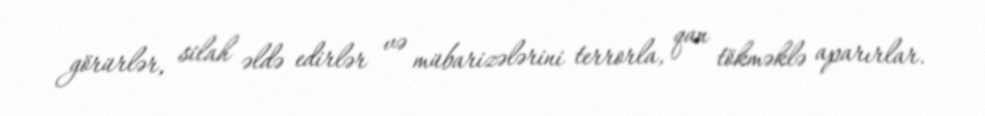
görürlər, silah əldə edirlər və mübarizələrini terrorla, qan tökməklə aparırlar.